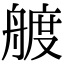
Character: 艔